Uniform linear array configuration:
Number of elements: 64
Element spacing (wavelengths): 0.25
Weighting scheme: hann
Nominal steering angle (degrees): -15
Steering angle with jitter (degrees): -16.534
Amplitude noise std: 0.05
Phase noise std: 0.05

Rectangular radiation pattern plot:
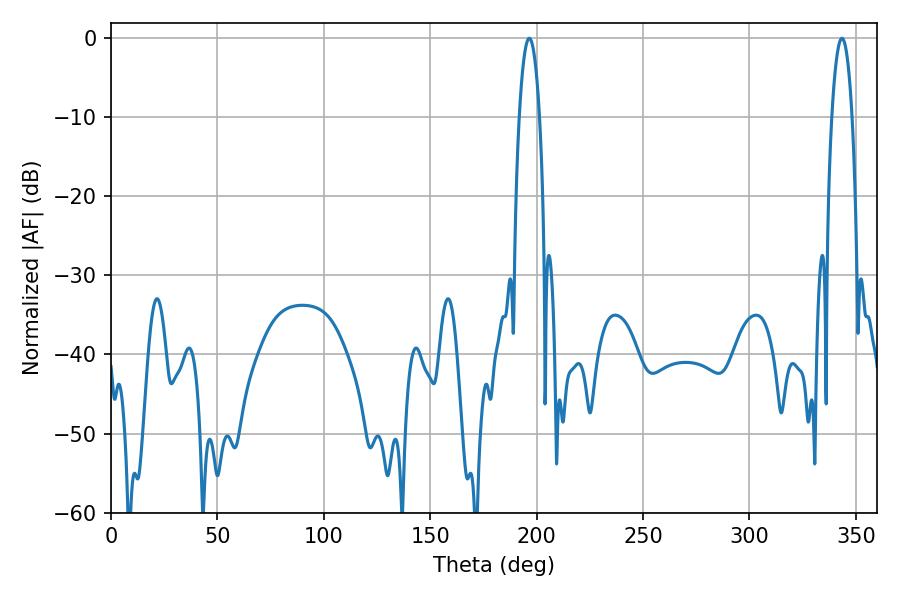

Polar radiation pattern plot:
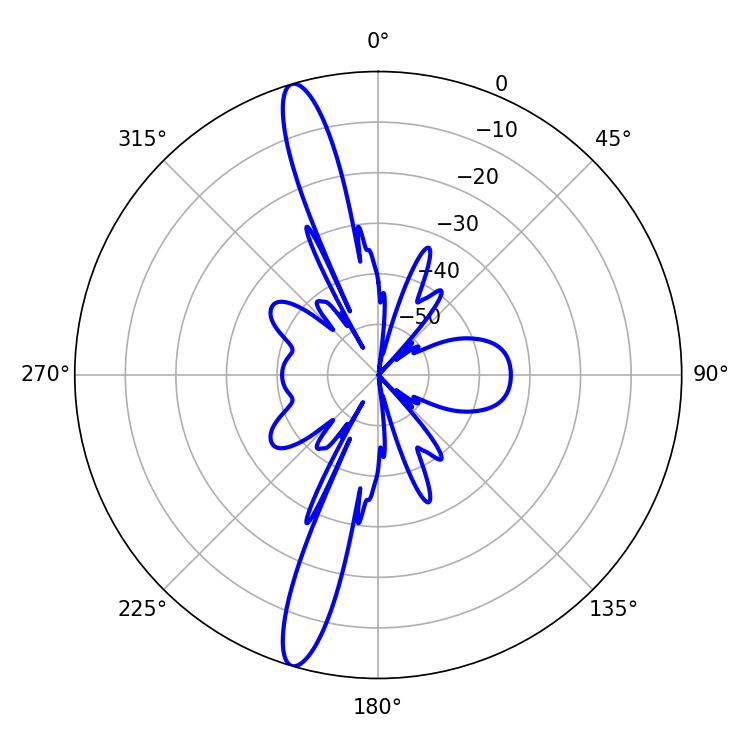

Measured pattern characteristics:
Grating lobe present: FALSE
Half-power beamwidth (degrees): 5.4
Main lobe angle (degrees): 196.56